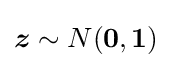
{\boldsymbol {z}}\sim N({\boldsymbol {0}},\mathbf {1} )